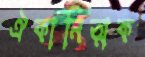
ঐকানিত্মক